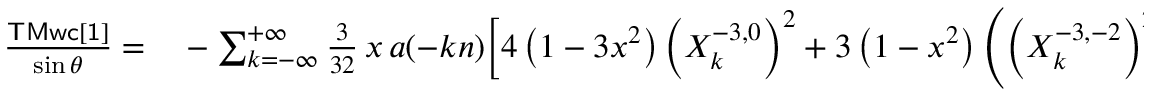
\begin{array} { r l } { \frac { \sf T M w c [ 1 ] } { \sin \theta } = } & { { } - \sum _ { k = - \infty } ^ { + \infty } \frac { 3 } { 3 2 } \, x \, a ( - k n ) \bigg [ 4 \left( 1 - 3 x ^ { 2 } \right) \left( X _ { k } ^ { - 3 , 0 } \right) ^ { 2 } + 3 \left( 1 - x ^ { 2 } \right) \left( \left( X _ { k } ^ { - 3 , - 2 } \right) ^ { 2 } + \left( X _ { k } ^ { - 3 , 2 } \right) ^ { 2 } \right) \bigg ] } \end{array}